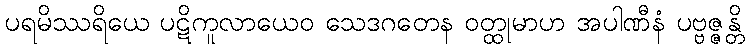
ပရမိဿရိယေ ပဋိကူလာယေဝ သေဒဂတေန ဝတ္ထုမာဟ အပါဏီနံ ပဗ္ဗဇ္ဇန္တိ